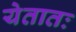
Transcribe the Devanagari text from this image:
येतातः